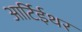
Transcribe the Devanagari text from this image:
आर्टिईथर